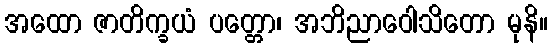
အထော ဇာတိက္ခယံ ပတ္တော၊ အဘိညာဝေါသိတော မုနိ။